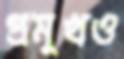
প্রমুখও